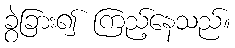
ခွဲခြား၍ ကြည့်နေသည်။